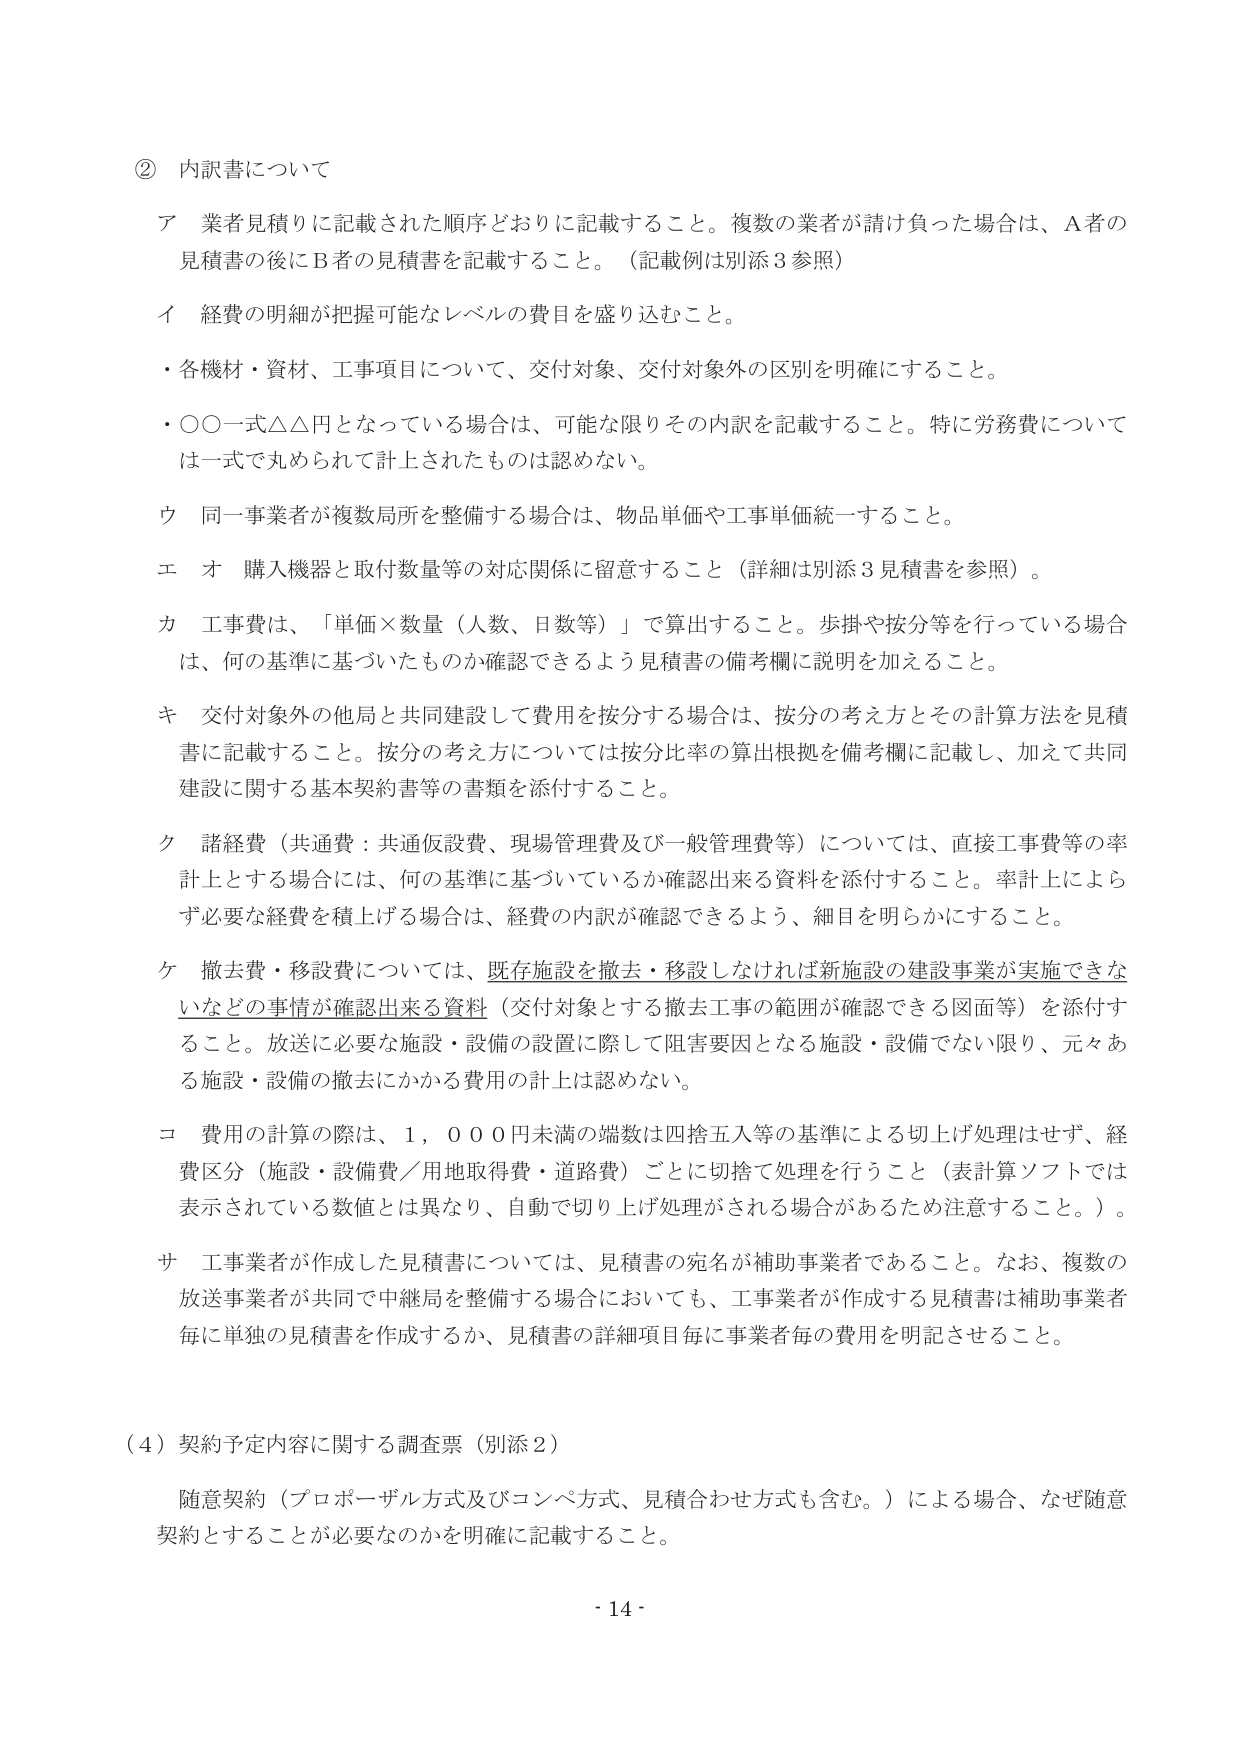
② 内訳書について

ア 業者見積りに記載された順序どおりに記載すること。複数の業者が請け負った場合は、A者の見積書の後にB者の見積書を記載すること。（記載例は別添3参照）

イ 経費の明細が把握可能なレベルの費目を盛り込むこと。

・各機材・資材、工事項目について、交付対象、交付対象外の区別を明確にすること。

・○○一式△△円となっている場合は、可能な限りその内訳を記載すること。特に労務費については一式で丸められて計上されたものは認めない。

ウ 同一事業者が複数局所を整備する場合は、物品単価や工事単価統一すること。

エ オ 購入機器と取付数量等の対応関係に留意すること（詳細は別添3見積書を参照）。

カ 工事費は、「単価×数量（人数、日数等）」で算出すること。歩掛や按分等を行っている場合は、何の基準に基づいたものか確認できるよう見積書の備考欄に説明を加えること。

キ 交付対象外の他局と共同建設して費用を按分する場合は、按分の考え方とその計算方法を見積書に記載すること。按分の考え方については按分比率の算出根拠を備考欄に記載し、加えて共同建設に関する基本契約書等の書類を添付すること。

ク 諸経費（共通費：共通仮設費、現場管理費及び一般管理費等）については、直接工事費等の率計上とする場合には、何の基準に基づいているか確認出来る資料を添付すること。率計上によらず必要な経費を積上げる場合は、経費の内訳が確認できるよう、細目を明らかにすること。

ケ 撤去費・移設費については、既存施設を撤去・移設しなければ新施設の建設事業が実施できないなどの事情が確認出来る資料（交付対象とする撤去工事の範囲が確認できる図面等）を添付すること。放送に必要な施設・設備の設置に際して阻害要因となる施設・設備でない限り、元々ある施設・設備の撤去にかかる費用の計上は認めない。

コ 費用の計算の際は、1,000円未満の端数は四捨五入等の基準による切上げ処理はせず、経費区分（施設・設備費／用地取得費・道路費）ごとに切捨て処理を行うこと（表計算ソフトでは表示されている数値とは異なり、自動で切り上げ処理がされる場合があるため注意すること。）。

サ 工事業者が作成した見積書については、見積書の宛名が補助事業者であること。なお、複数の放送事業者が共同で中継局を整備する場合においても、工事業者が作成する見積書は補助事業者毎に単独の見積書を作成するか、見積書の詳細項目毎に事業者毎の費用を明記させること。

（4）契約予定内容に関する調査票（別添2）

随意契約（プロポーザル方式及びコンペ方式、見積合わせ方式も含む。）による場合、なぜ随意契約とすることが必要なのかを明確に記載すること。

- 14 -